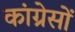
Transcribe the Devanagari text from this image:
कांग्रेसों